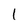
Character: 1